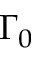
\Gamma _ { 0 }